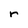
Character: r